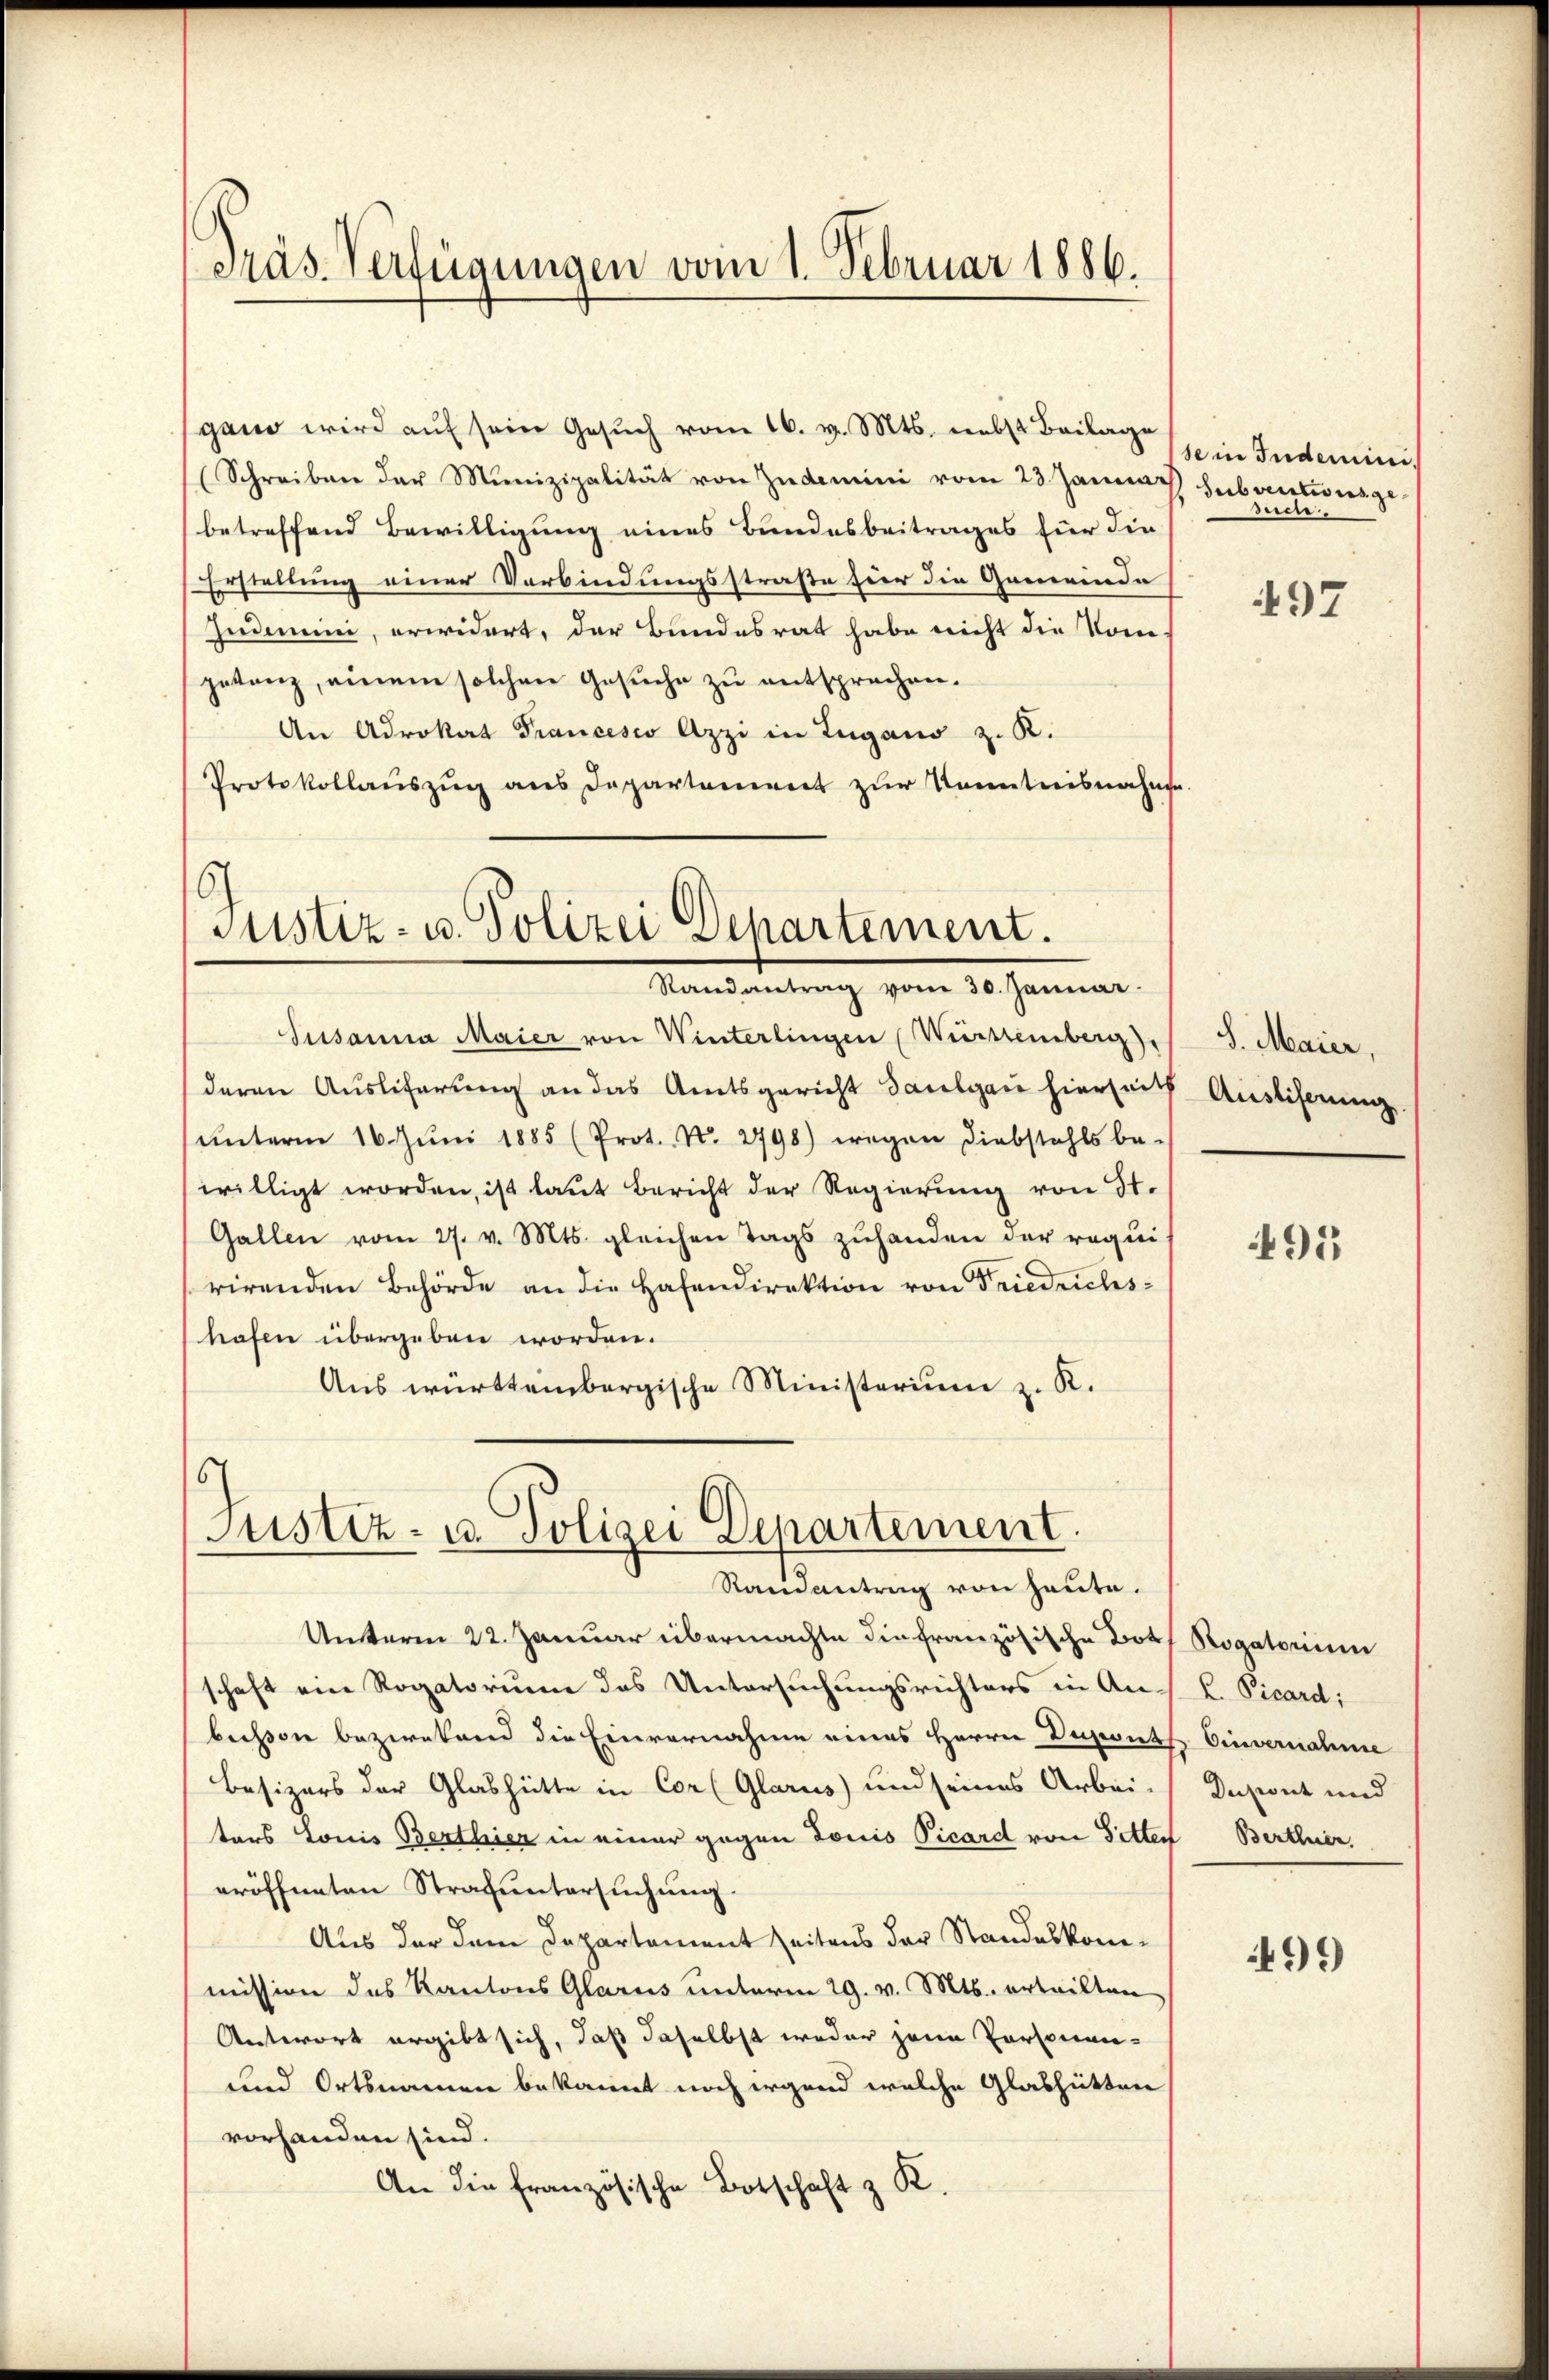
gand wird aŭf sein Gesŭch vom 16. v. Mts. nebst Beilage
(Schreiben der Munizipalität von Zudemini vom 23. Januar hebrentionsge
betreffend Bewilligung eines Bundesbeitrages für die
Erstellung einer Verbindungsstraße für die Gemeinde
Zudemini, erwidert, der Bundesrat habe nicht die Kom-
petanz, einem solchen Gesŭche zu entsprechen.
An Advokat Francesco Azzi in Zugano z. R.
Protokollauszug aus Departement zur Kenntnisnahme

Präs. Verfügungen vom 1. Februar 1886.

Justiz- u. Polizei Departement.
Randantrag vom 30. Januar.

Susanna Maier von Winterlingen Württemberg),
deren Ausliferung an das Amtsgericht Saulgau hierseith Ausliserung
ŭnterm 16. Jŭni 1885 (Prot. N. 2798) wegen Diebstahls be-
willigt worden, ist laut bericht der Regierŭng von St.
Gallen vom 27. v. Mts. gleichen Tags zuhanden der requis
rirenden Behörde an die Hafendirektion von Friedrichs-
hafen übergeben worden.
Ans württembergische Ministerium z. R.

6
Justiz- u. Polizei Departement.
Randantrag von heute.

Unterm 22. Januar übermachte die Französische Both Rogatorium
schaft ein Rogatorium das Untersuchungsrichters in An- k. Picardi
beisen bezwekend die Einvernahme eines Herrn Depeits Einvernahme
Besizers der Glashütte in Cor (Glarus) und seines Arbei-
ters Louis Berthier in einer gegen Louis Vicard von Sitten Berthner.
eröffneten Strafuntersuchung.
Aus der dem Departement seitens der Standeskommission des Kantons Glarus unterm 29. v. Mts. erteilten
Antwort ergibt sich, daß daselbst weder jene Personen-
und Ortsnamen bekannt noch irgend welche Glashütten
vorhanden sind.
An die französische Botschaft z. R.

sein Indemini¬
Secti

497

S. Maier,

95

Dupant und

499